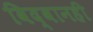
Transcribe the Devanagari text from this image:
विद्वानही